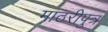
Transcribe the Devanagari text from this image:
माठरीपुत्र